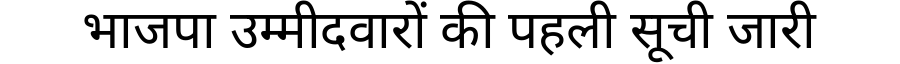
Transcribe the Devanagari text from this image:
भाजपा उम्मीदवारों की पहली सूची जारी